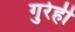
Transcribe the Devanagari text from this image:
गुरेही